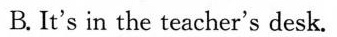
B. It's in the teacher's desk.